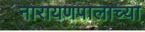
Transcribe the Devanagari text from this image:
नारायणपालाच्या